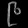
Digit: ၉